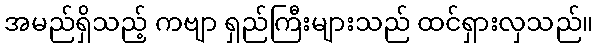
အမည်ရှိသည့် ကဗျာ ရှည်ကြီးများသည် ထင်ရှားလှသည်။